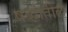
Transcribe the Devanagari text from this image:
षब्दांतील